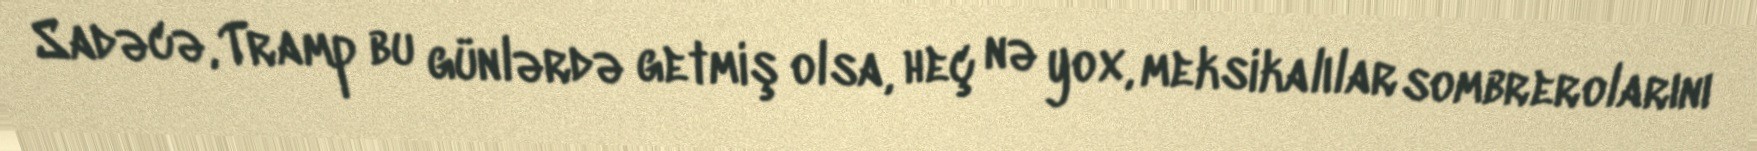
Sadəcə, Tramp bu günlərdə getmiş olsa, heç nə yox, meksikalılar sombrerolarını